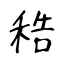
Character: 𥞴